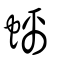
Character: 螭